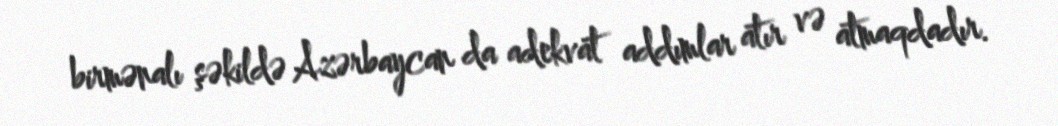
birmənalı şəkildə Azərbaycan da adekvat addımlar atır və atmaqdadır.